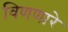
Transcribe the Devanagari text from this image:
विणणारे